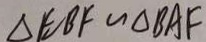
\Delta E B F \sim \Delta B A F